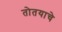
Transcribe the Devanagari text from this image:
तोतयाचे